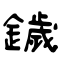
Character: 鐬